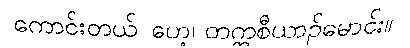
ကောင်းတယ်၊ ဟေ့၊ တက္ကစီယာဉ်မောင်း။